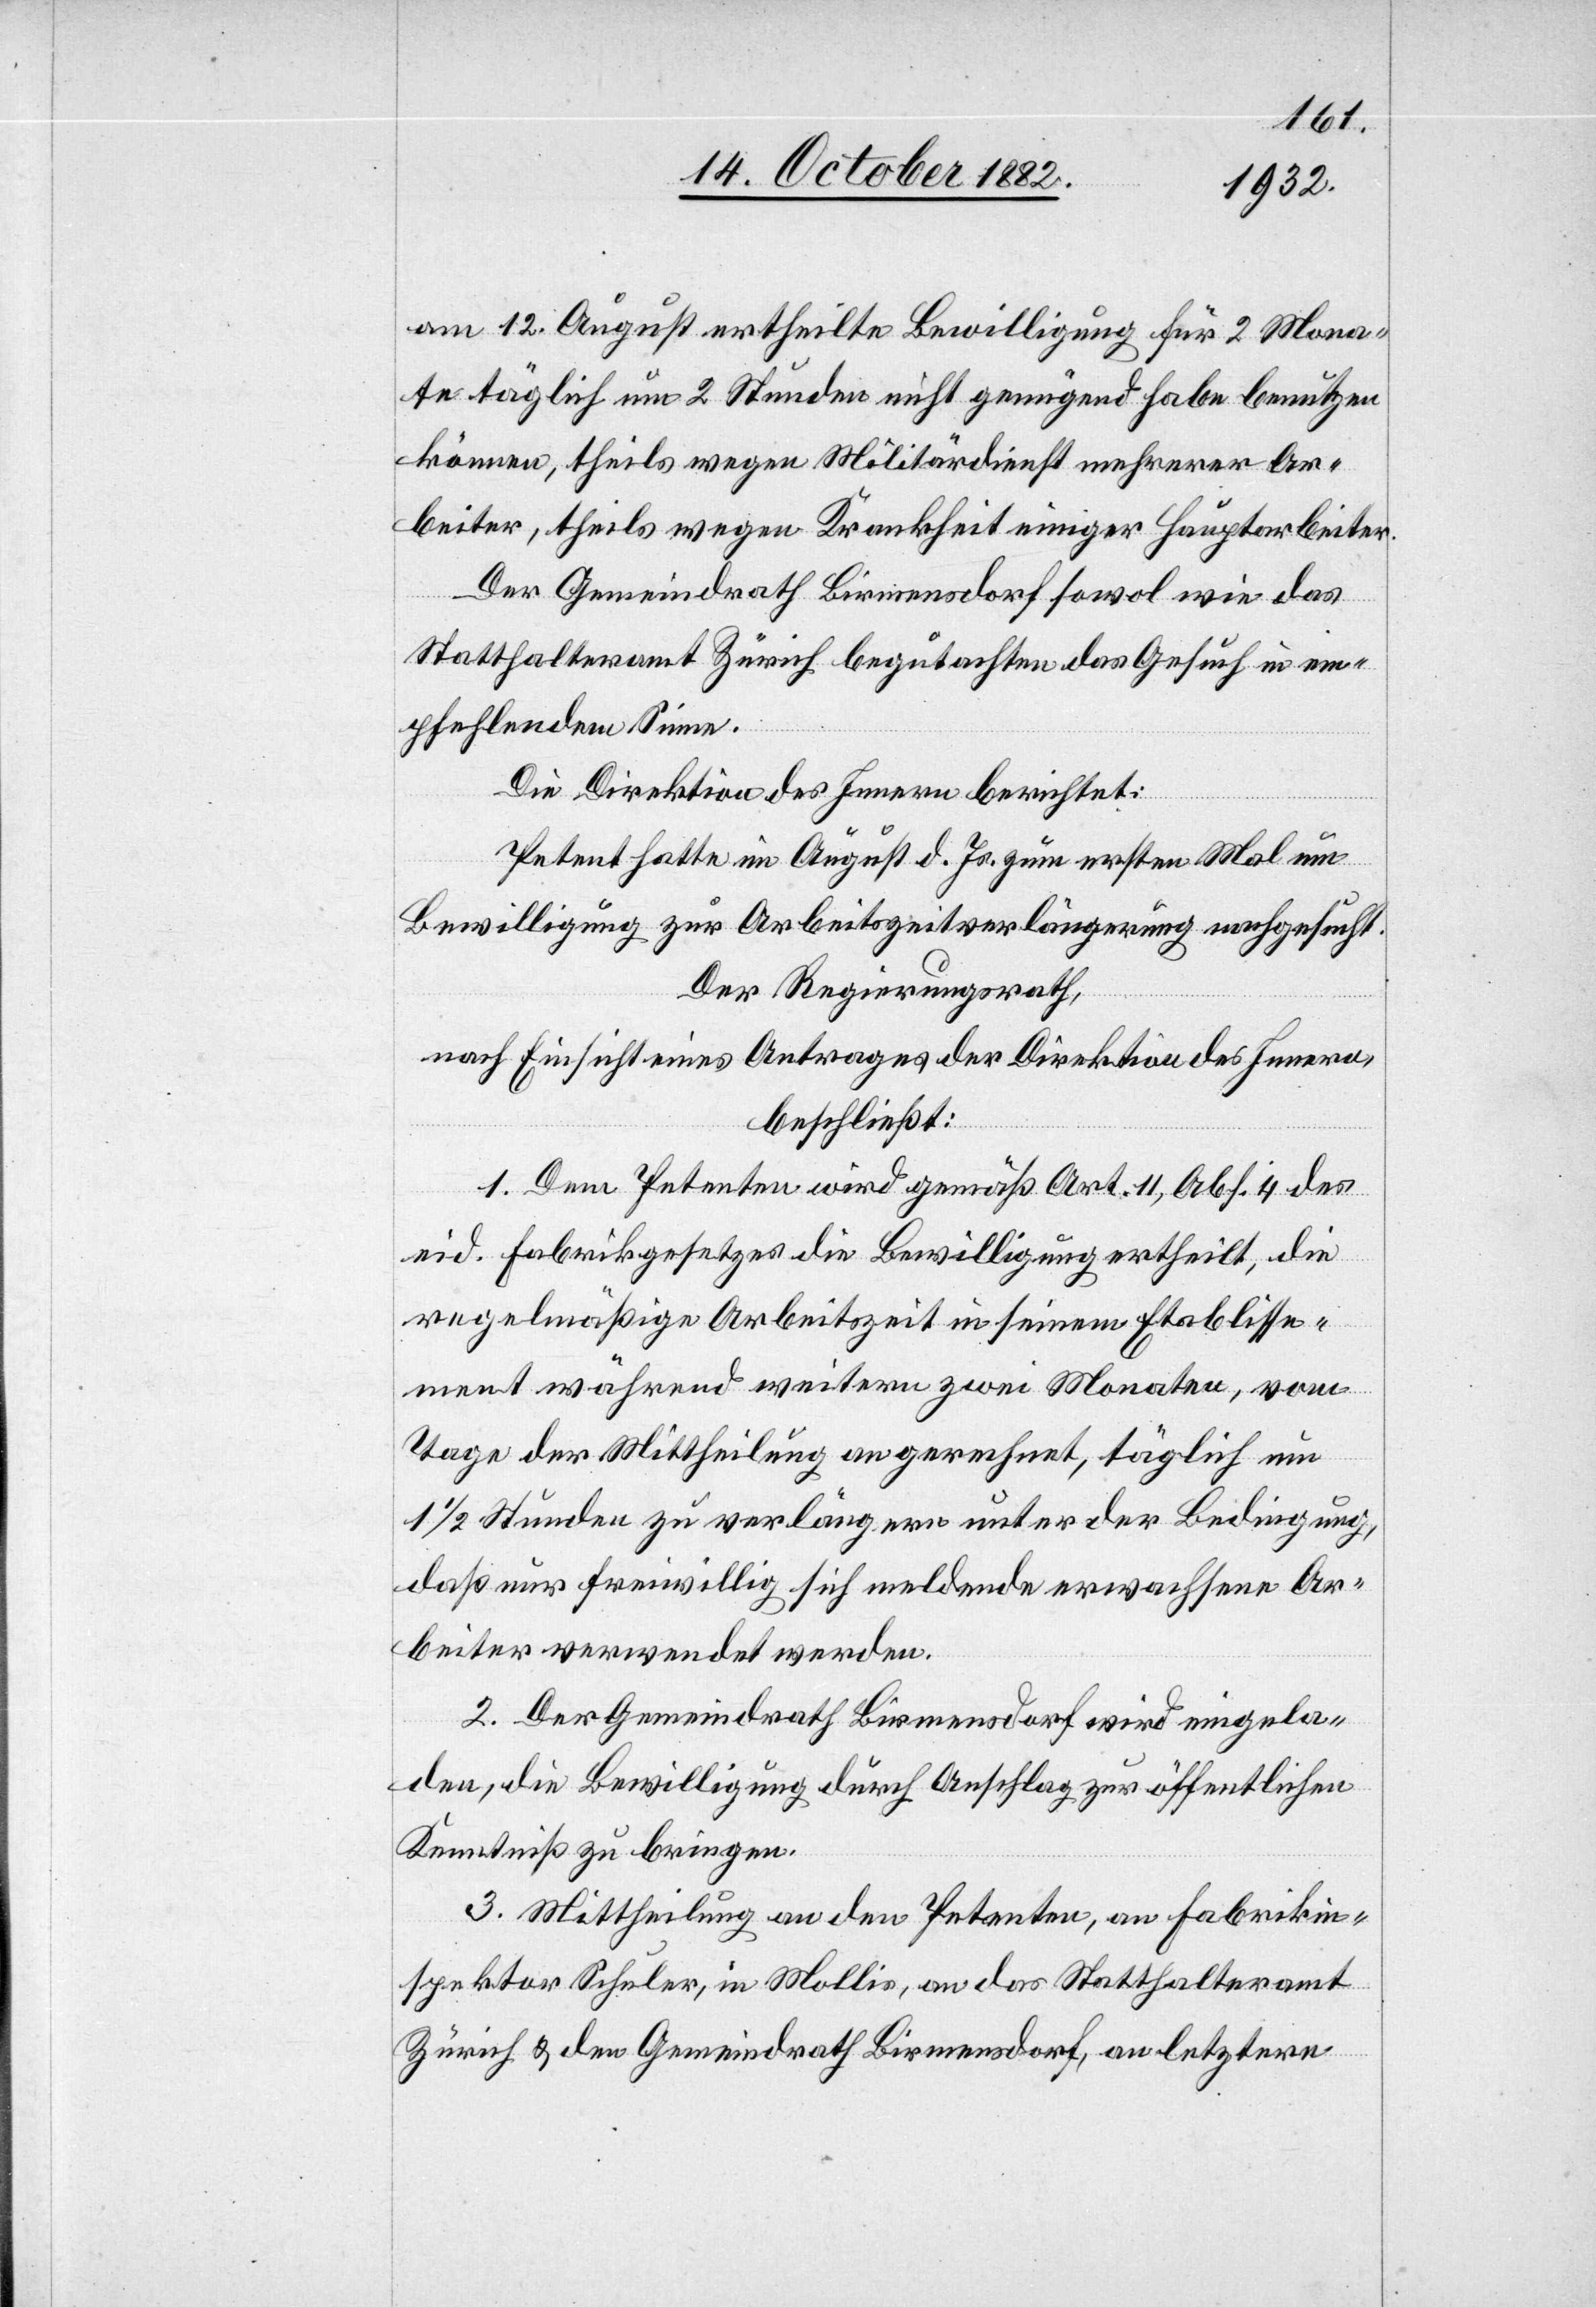
am 12. August ertheilte Bewilligung für 2 Mona¬
te täglich um 2 Stunden nicht genügend habe benutzen
können, theils wegen Militärdienst mehrerer Ar¬
beiter, theils wegen Krankheit einiger Hauptarbeiter.
Der Gemeindrath Birmensdorf sowol wie das
Statthalteramt Zürich begutachten das Gesuch in em¬
pfehlendem Sinne.
Die Direktion des Innern berichtet:
Petent hatte im August d. Js. zum ersten Mal um
Bewilligung zur Arbeitszeitverlängerung nachgesucht.
Der Regierungsrath,
nach Einsicht eines Antrages der Direktion des Innern,
beschließt:
1. Dem Petenten wird gemäß Art. 11, Abs. 4 des
eid. Fabrikgesetzes die Bewilligung ertheilt, die
regelmäßige Arbeitszeit in seinem Etablisse¬
ment während weitern zwei Monaten, vom
Tage der Mittheilung an gerechnet, täglich um
1 1/2 Stunden zu verlängern unter der Bedingung,
daß nur freiwillig sich meldende erwachsene Ar¬
beiter verwendet werden.
2. Der Gemeindrath Birmensdorf wird eingela¬
den, die Bewilligung durch Anschlag zur öffentlichen
Kenntniß zu bringen.
3. Mittheilung an den Petenten, an Fabrikin¬
spektor Schuler, in Mollis, an das Statthalteramt
Zürich & den Gemeindrath Birmensdorf, an letztern